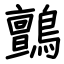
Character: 鸇